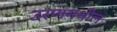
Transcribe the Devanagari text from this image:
उरणमधील